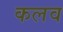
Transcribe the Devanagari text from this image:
कलव